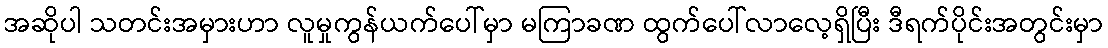
အဆိုပါ သတင်းအမှားဟာ လူမှုကွန်ယက်ပေါ်မှာ မကြာခဏ ထွက်ပေါ်လာလေ့ရှိပြီး ဒီရက်ပိုင်းအတွင်းမှာ